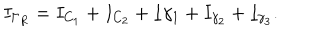
LaTeX: I _ { \Gamma _ { R } } = I _ { C _ { 1 } } + I _ { C _ { 2 } } + I { \gamma _ { 1 } } + I _ { \gamma _ { 2 } } + I _ { \gamma _ { 3 } } .